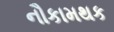
નૌકામથક